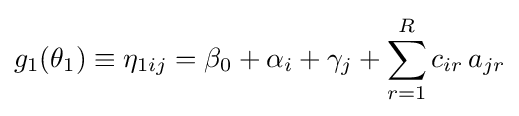
g_{1}(\theta _{1})\equiv \eta _{1ij}=\beta _{0}+\alpha _{i}+\gamma _{j}+\sum _{r=1}^{R}c_{ir}\,a_{jr}